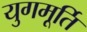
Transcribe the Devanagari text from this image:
युगमूर्ति